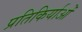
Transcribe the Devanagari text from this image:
प्रतिकिर्याओं